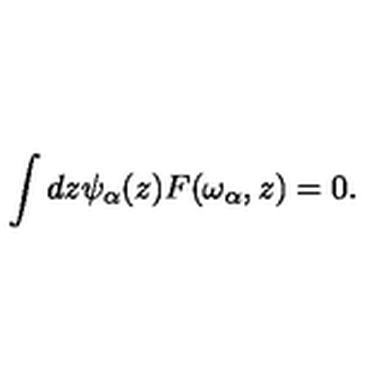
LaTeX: \int d z \psi _ { \alpha } ( z ) F ( \omega _ { \alpha } , z ) = 0 .